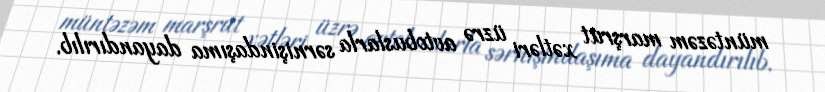
müntəzəm marşrut xətləri üzrə avtobuslarla sərnişindaşıma dayandırılıb.